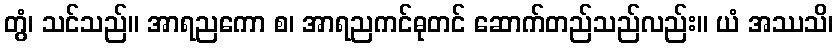
တွံ၊ သင်သည်။ အာရညကော စ၊ အာရညကင်ဓုတင် ဆောက်တည်သည်လည်း။ ယံ အဿသိ၊